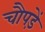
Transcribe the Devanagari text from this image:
चौपड़ें